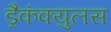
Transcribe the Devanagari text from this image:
ड्रैकंक्युलस